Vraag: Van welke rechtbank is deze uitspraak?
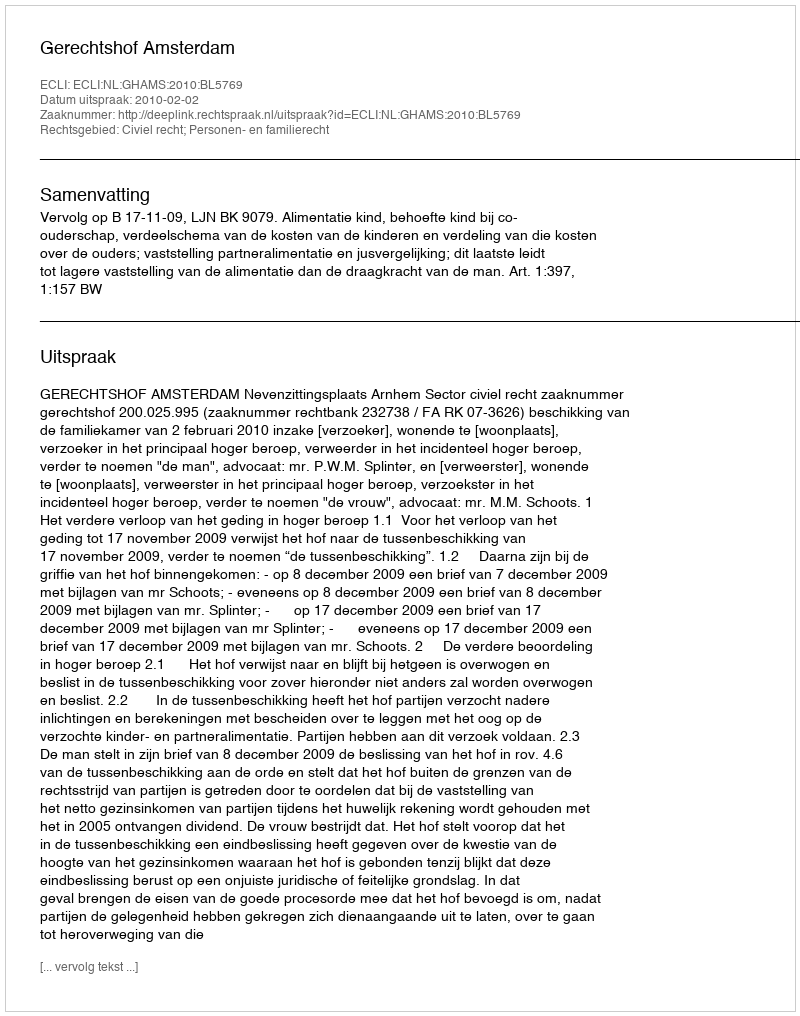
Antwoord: Gerechtshof Amsterdam